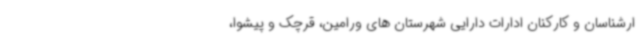
ارشناسان و کارکنان ادارات دارایی شهرستان های ورامین، قرچک و پیشوا،